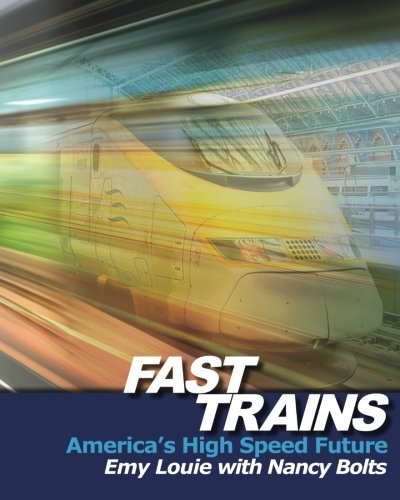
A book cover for Fast Trains: America's High Speed Future; Emy Louie; Engineering & Transportation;